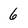
Character: 6